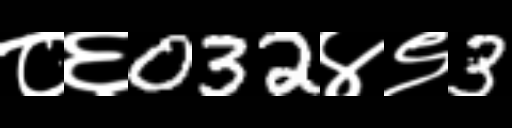
Text: ८६032४९3